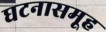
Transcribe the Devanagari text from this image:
घटनासमूह